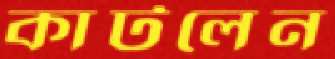
কাটলেন